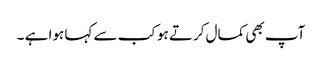
آپ بھی کمال کرتے ہو کب سے کہا ہوا ہے ۔